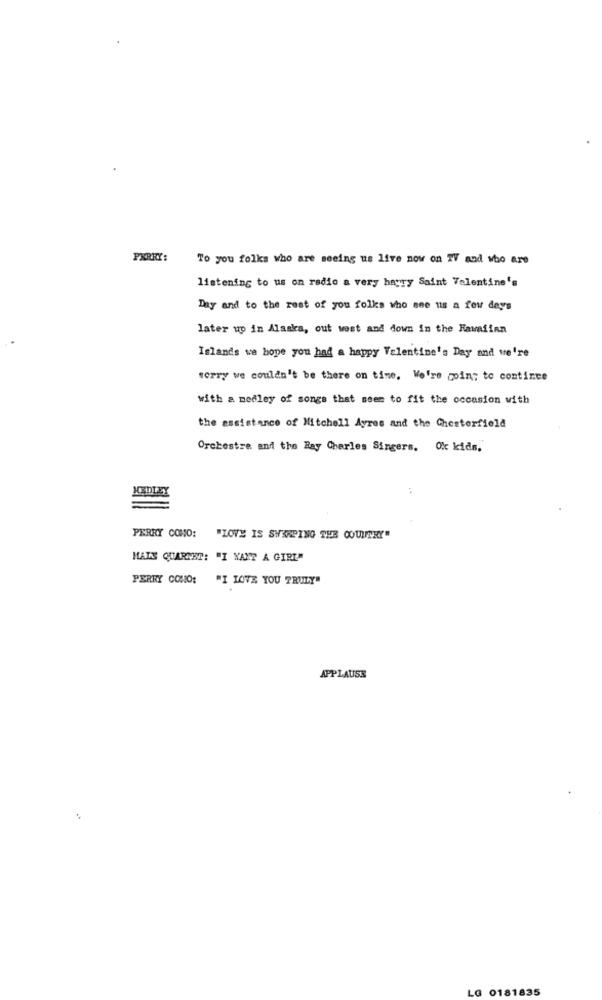
PXRRY:
To you folks who are seeing us live now on TV and who are
listening to us on radio a very hayry Saint Valentine's
Day and to the rest of you folks who see us a few days
later up in Alaska, out west and down in the Kawaiinn
Islands we hope you had a happy Valentine's Day and we're
sorry we couldn't be there on time. We're coin; to contince
with a medley of songs that seem to fit the occasion with
the assistance of Mitchell Ayres and the Chesterfield
Orchestre and the Ray Charles Singers. Ox kids.
PERRY CONO: "LOVE IS SWERPING THE COUNTRY"
HATS QUARTET: "I WANT A GIRL"
PERRY CONO:
"I LOVE YOU TRULY"
APPLAUSE
LG 0181835